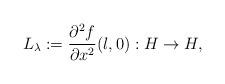
LaTeX: \begin{align*}L_\lambda:=\dfrac{\partial^2f}{\partial x^2}(\l,0):H\to H,\end{align*}